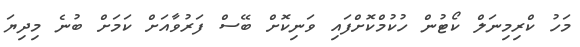
މަހު ކްރިމިނަލް ކޯޓުން ހުކުމްކޮށްފައި ވަނިކޮށް ބޭސް ފަރުވާއަށް ކަމަށް ބުނެ މިދިޔަ